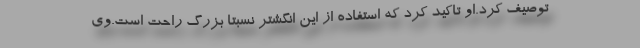
توصیف کرد.او تاکید کرد که استفاده از این انگشتر نسبتا بزرگ راحت است.وی